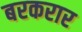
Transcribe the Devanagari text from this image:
बरकरार